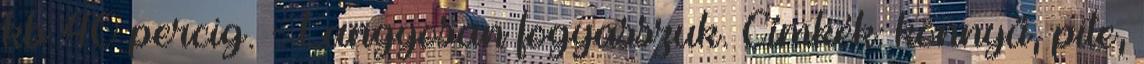
kb 40 percig. - Langyosan fogyasszuk. Címkék: könnyű, pite,